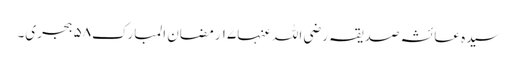
سیدہ عائشہ صدیقہ رضی اللہ عنہا١٧ رمضان المبارک٥٨ ہجری۔